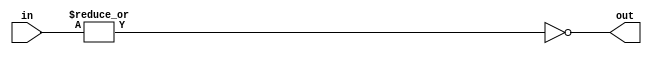
module f6_TECH_NOR2(input [1:0] in, output out);
assign out = ~(|in);
endmodule